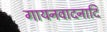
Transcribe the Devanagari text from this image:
गायनवादनादि